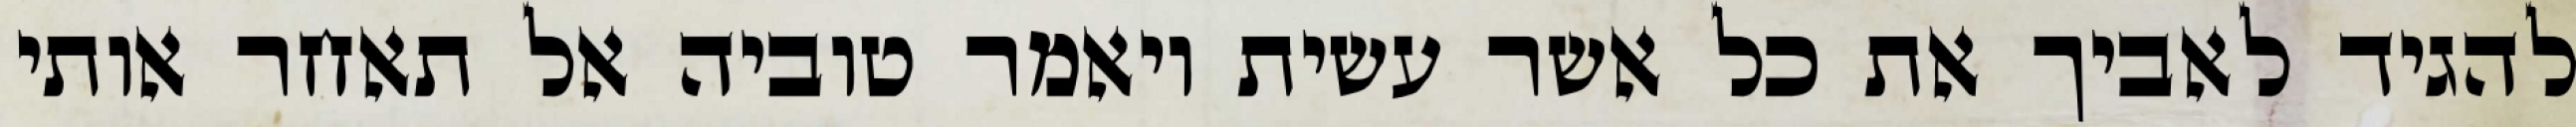
להגיד לאביך את כל אשר עשית ויאמר טוביה אל תאחר אותי